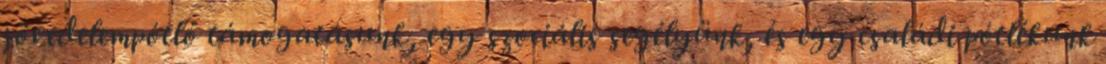
jövedelempótló támogatásunk, egy szociális segélyünk, és egy családi pótlékunk